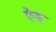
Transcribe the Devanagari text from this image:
ऐन्ड्